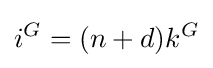
i^{G}=(n+d)k^{G}